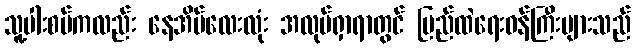
သူ့ပါးစပ်ကလည်း နေအိမ်လေးလုံး အလုပ်ရှာရာတွင် ပြည်ထဲရေးဝန်ကြီးများသည်